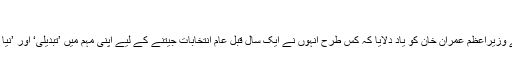
‘
اپنے خط میں کرسٹوفر ڈیلوئر نے وزیراعظم عمران خان کو یاد دلایا کہ کس طرح انہوں نے ایک سال قبل عام انتخابات جیتنے کے لیے اپنی مہم میں ’تبدیلی‘ اور ’نیا پاکستان‘ کے نعرے لگائے تھے۔